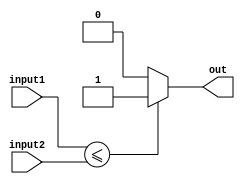
module less_than_equal_comparator (
    input [7:0] input1,
    input [7:0] input2,
    output reg out
);

always @ (input1, input2)
begin
    if (input1 <= input2)
        out <= 1;
    else
        out <= 0;
end

endmodule